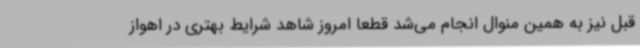
قبل نیز به همین منوال انجام می‌شد قطعا امروز شاهد شرایط بهتری در اهواز